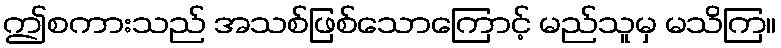
ဤစကားသည် အသစ်ဖြစ်သောကြောင့် မည်သူမှ မသိကြ။